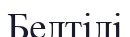
Белтілі